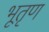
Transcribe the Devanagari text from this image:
भूतृण